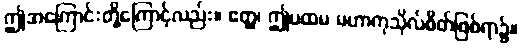
ဤအကြောင်းတို့ကြောင့်လည်း။ ဧတ္ထ၊ ဤပထမ မဟာကုသိုလ်စိတ်ဖြစ်ရာ၌။